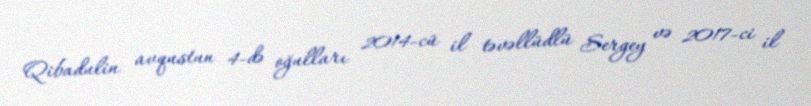
Qibadulin avqustun 4-də oğulları 2014-cü il təvəllüdlü Sergey və 2017-ci il